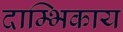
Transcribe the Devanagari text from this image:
दाम्भिकाय